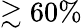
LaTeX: \gtrsim 60\%